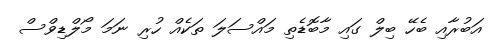
އަބުރާއި ބެހޭ ބިލް ގައި މާބޮޑެތި މައްސަލަ ތަކެއް ހުރި ނަމަ މޯލްޑިވްސް